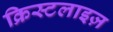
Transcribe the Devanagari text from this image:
क्रिस्टलाइज़